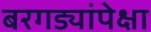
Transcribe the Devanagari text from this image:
बरगड्यांपेक्षा